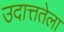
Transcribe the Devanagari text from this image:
उदात्ततेला